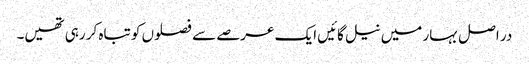
در اصل بہار میں نیل گائیں ایک عرصے سے فصلوں کو تباہ کر رہی تھیں۔